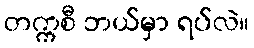
တက္ကစီ ဘယ်မှာ ရပ်လဲ။